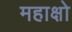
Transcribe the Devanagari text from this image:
महाक्षो